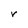
Character: r